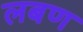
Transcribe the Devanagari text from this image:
लबण